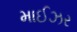
માઈઝર